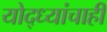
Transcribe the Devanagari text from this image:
योद्ध्यांचाही